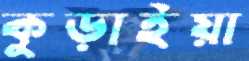
কুড়াইয়া